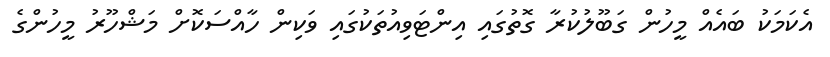
އެކަމަކު ބައެއް މީހުން ގަބޫލުކުރާ ގޮތުގައި އިންޓަވިއުތަކުގައި ވަކިން ހާއްސަކޮށް މަޝްހޫރު މީހުންގެ